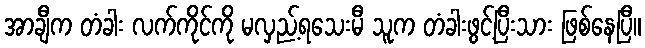
အာချီက တံခါး လက်ကိုင်ကို မလှည့်ရသေးမီ သူက တံခါးဖွင့်ပြီးသား ဖြစ်နေပြီ။